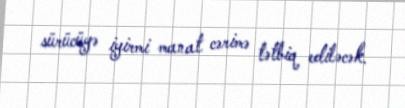
sürücüyə iyirmi manat cərimə tətbiq ediləcək.